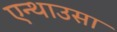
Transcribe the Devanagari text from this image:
एन्थाउसा